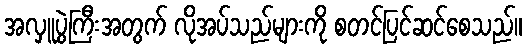
အလှူပွဲကြီးအတွက် လိုအပ်သည်များကို စတင်ပြင်ဆင်စေသည်။